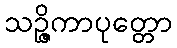
သဉ္ဇိကာပုတ္တော